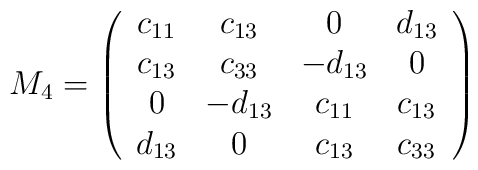
M_4 = \left (\begin{array}{cccc}c_{11} & c_{13} & 0 & d_{13} \\c_{13} & c_{33} & -d_{13} & 0\\0 & -d_{13} & c_{11} & c_{13} \\d_{13} & 0 & c_{13} & c_{33} \end{array}\right )